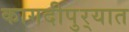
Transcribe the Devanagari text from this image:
कागदीपुर्‍यात